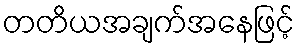
တတိယအချက်အနေဖြင့်